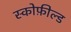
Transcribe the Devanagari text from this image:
स्कोफ़ील्ड